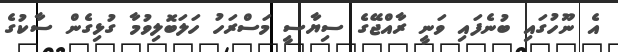
އެ ނޫހުގައި ބުނެފައި ވަނީ ރާއްޖޭގެ ސިޔާސީ މަސްރަހު ހަލަބޮލިވުމާ ގުޅިގެން ސާކުގެ